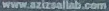
www.azizsallab.com